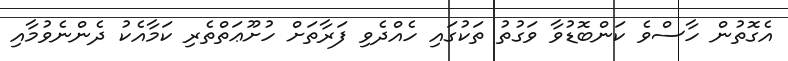
އެގޮތުން ހާސްވެ ކަންބޮޑުވާ ވަގުތު ތަކުގައި ހެއްދެވި ފަރާތަށް ހުށޫޢަތްތެރި ކަމާއެކު ދެންނެވުމާއި